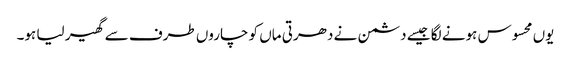
یوں محسوس ہونے لگا جیسے دشمن نے دھرتی ماں کو چاروں طرف سے گھیر لیا ہو۔